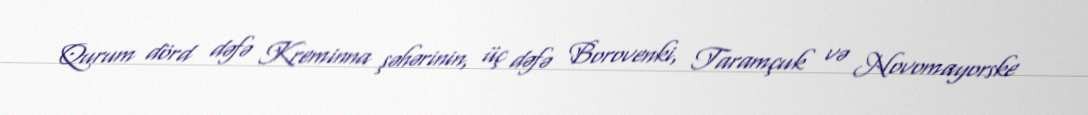
Qurum dörd dəfə Kreminna şəhərinin, üç dəfə Borovenki, Taramçuk və Novomayorske